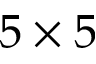
5 \times 5